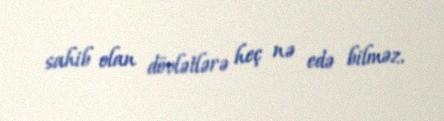
sahib olan dövlətlərə heç nə edə bilməz.